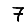
Digit: 7